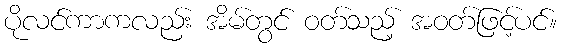
ပိုလင်ကာကလည်း အိမ်တွင် ဝတ်သည့် အဝတ်ဖြင့်ပင်။